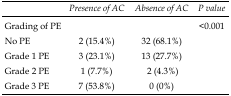
<table><thead><tr><td></td><td><b><i>Presence of AC</i></b></td><td><b><i>Absence of AC</i></b></td><td><b><i>P value</i></b></td></tr></thead><tbody><tr><td>Grading of PE</td><td></td><td></td><td>&lt;0.001</td></tr><tr><td>No PE</td><td>2 (15.4%)</td><td>32 (68.1%)</td><td></td></tr><tr><td>Grade 1 PE</td><td>3 (23.1%)</td><td>13 (27.7%)</td><td></td></tr><tr><td>Grade 2 PE</td><td>1 (7.7%)</td><td>2 (4.3%)</td><td></td></tr><tr><td>Grade 3 PE</td><td>7 (53.8%)</td><td>0 (0%)</td><td></td></tr></tbody></table>